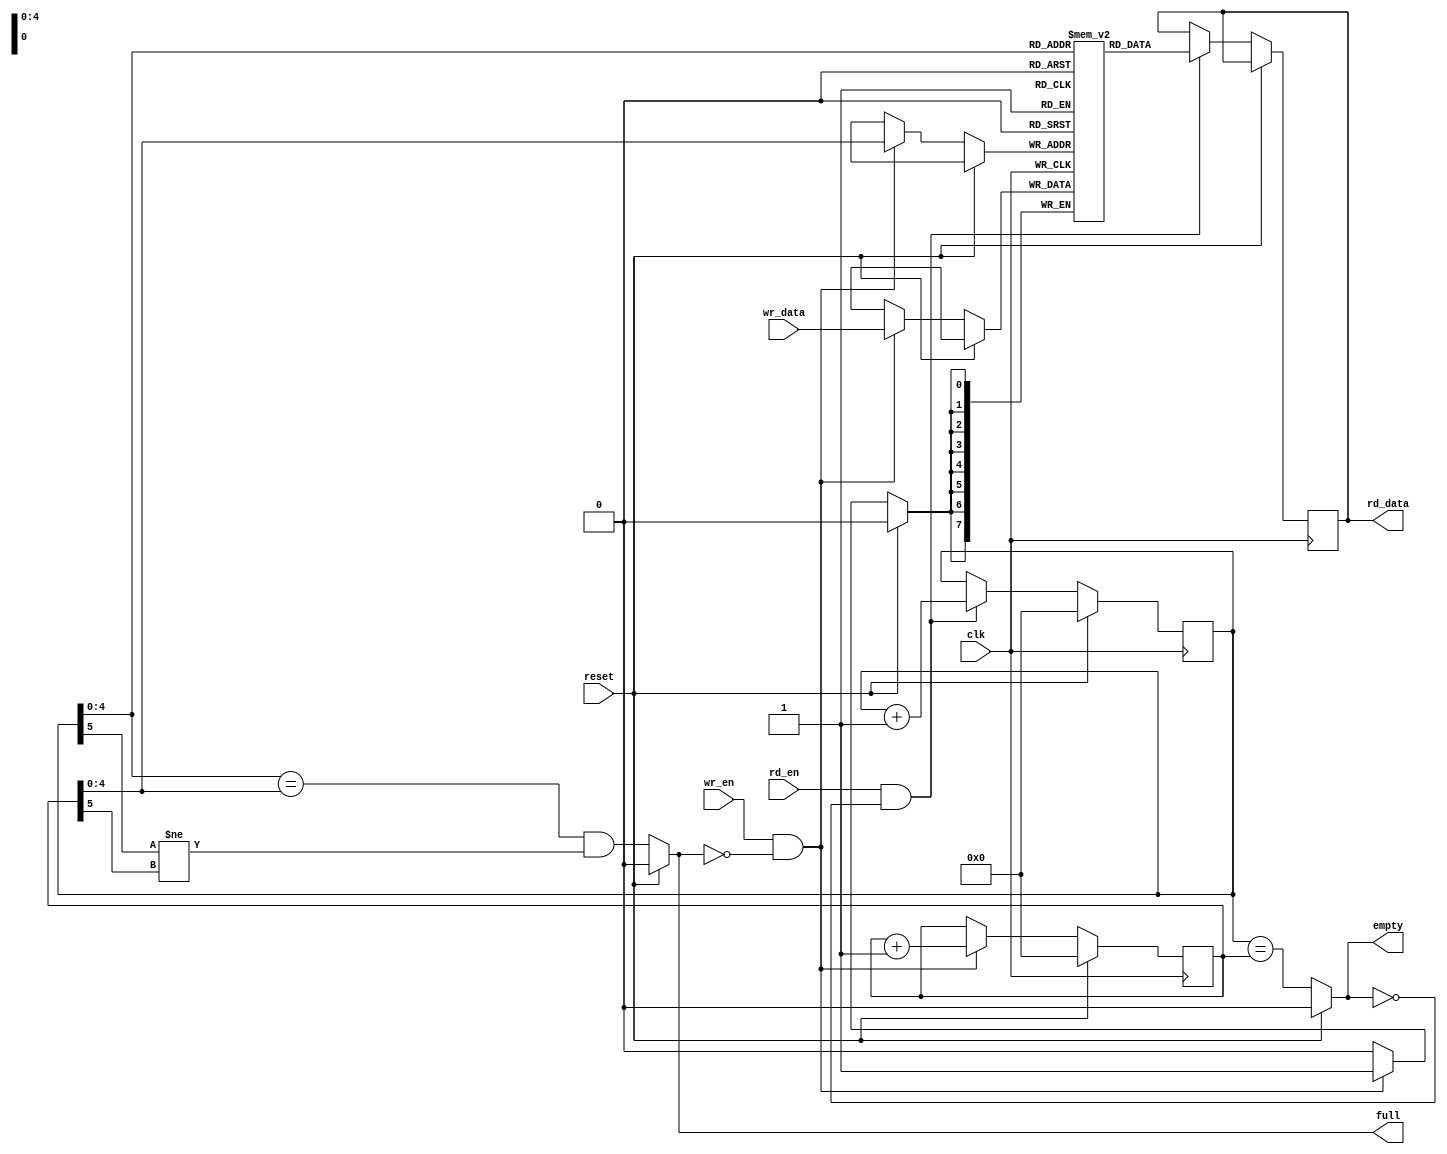
/* This code is sourced from: https://github.com/6thimage/FT245_interface
	License:		Creative Commons Zero v1.0 Universal
	Modified:	Yes
	
	CHANGELOG:
		03.01.2021 - Commented out synthesis attribute RAM_STYLE.
*/

module fifo #(
    parameter data_width=8,
    parameter depth_width=5
    )
    (
    input clk,
    input reset,
    /* read */
    input rd_en,
    output reg [data_width-1:0] rd_data,
    /* write */
    input wr_en,
    input [data_width-1:0] wr_data,
    /* fifo */
    output full,
    output empty
    );

    /* fifo memory */
    //(* RAM_STYLE="BLOCK" *)
    reg [data_width-1:0] memory[(1<<depth_width)-1:0];

    /* read and write heads */
    localparam head_width = log2(1<<depth_width);
    reg [head_width:0] rd_head='h0, wr_head='h0;

    /* fifo state
     *
     * The read and write heads are 1 bit larger than that needed to address the memory,
     * the top bit is used to indicate the sign of the head, so we can always tell where
     * the heads are relative to each other. Without this, both full and empty fifos would
     * look the same. The checking for full and empty, therefore, checks both the sign and
     * counter.
     */
    assign empty=reset?1'h0:(rd_head==wr_head);
    assign full=reset?1'h0:((rd_head[head_width-1:0]==wr_head[head_width-1:0])&&(rd_head[head_width]!=wr_head[head_width]));

    /* write */
    always @(posedge clk)
    begin
        if(reset)
            wr_head<=0;
        else if(wr_en && !full)
        begin
            /* write data to fifo */
            memory[wr_head[head_width-1:0]]<=wr_data;
            /* increment head */
            wr_head<=wr_head+1'b1;
        end
    end

    /* read */
    always @(posedge clk)
    begin
        if(reset)
            rd_head<=0;
        else if(rd_en && !empty)
        begin
            /* read data from fifo */
            rd_data<=memory[rd_head[head_width-1:0]];
            /* increment head */
            rd_head<=rd_head+1'b1;
        end
    end

    /* this function is only used during synthesis */
    function integer log2(input integer n);
        integer i;
        begin
            log2=1;
            for(i=0; 2**i<n; i=i+1)
                log2=i+1;
        end
    endfunction
endmodule